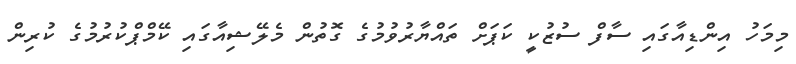
މިމަހު އިންޑިއާގައި ސާފް ސުޒުކީ ކަޕަށް ތައްޔާރުވުމުގެ ގޮތުން މެލޭޝިއާގައި ކޭމްޕްކުރުމުގެ ކުރިން